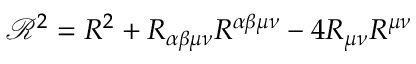
{ \mathcal { R } } ^ { 2 } = R ^ { 2 } + R _ { \alpha \beta \mu \nu } R ^ { \alpha \beta \mu \nu } - 4 R _ { \mu \nu } R ^ { \mu \nu }